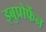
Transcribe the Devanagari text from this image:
इबुप्रोफेंन